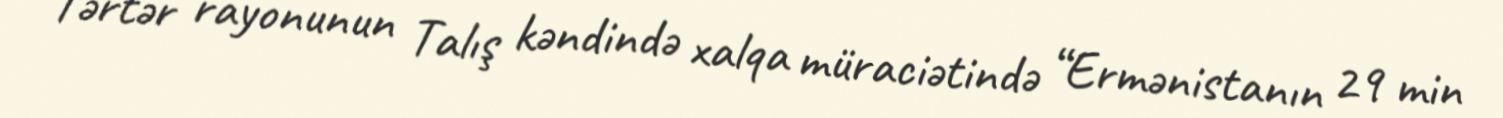
Tərtər rayonunun Talış kəndində xalqa müraciətində “Ermənistanın 29 min